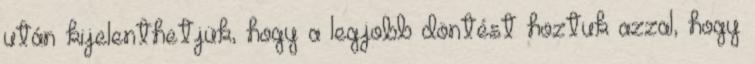
után kijelenthetjük, hogy a legjobb döntést hoztuk azzal, hogy